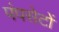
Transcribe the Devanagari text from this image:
पंपसेटों